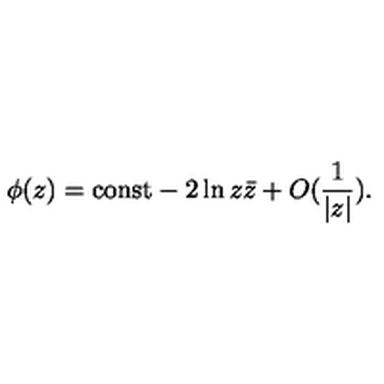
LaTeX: \phi ( z ) = \mathrm { c o n s t } - 2 \ln z \bar { z } + O ( \frac { 1 } { | z | } ) .